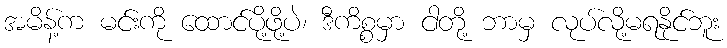
အမိန့်က မင်းကို ထောင်ပို့ဖို့ပဲ၊ ဒီကိစ္စမှာ ငါတို့ ဘာမှ လုပ်လို့မရနိုင်ဘူး